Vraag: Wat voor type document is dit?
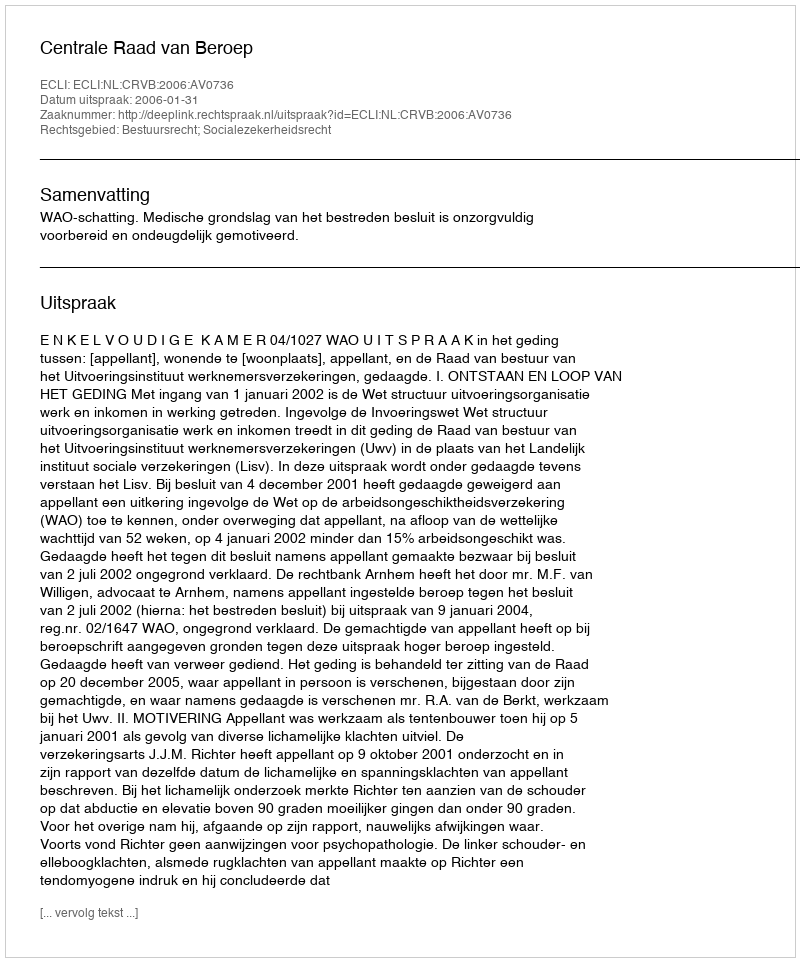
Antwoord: Uitspraak